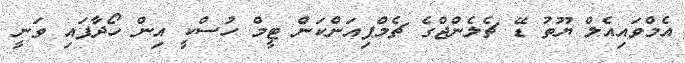
އެމްވައިއެލް ޔޫތު ޑޭ ޗެލެންޖްގެ ޗެމްޕިއަންކަން ޓީމް ހުސްކީ އިން ހޯދާފައި ވަނީ